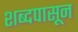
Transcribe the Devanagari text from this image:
शब्दपासून